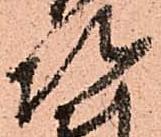
次